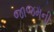
જાજમની